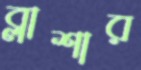
ব্লাশার